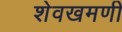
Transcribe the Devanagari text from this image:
शेवखमणी